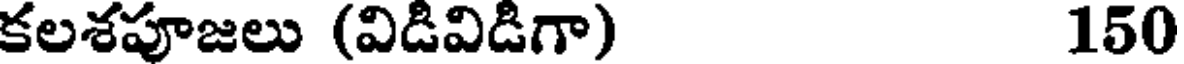
కలశపూజలు (విడివిడిగా) 150